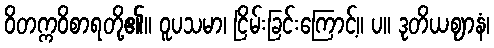
ဝိတက္ကဝိစာရတို့၏။ ဝူပသမာ၊ ငြိမ်းခြင်းကြောင့်။ ပ။ ဒုတိယဈာနံ၊